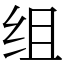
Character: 组